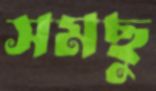
সমছু